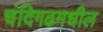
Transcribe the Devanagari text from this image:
चंदिगढमधील